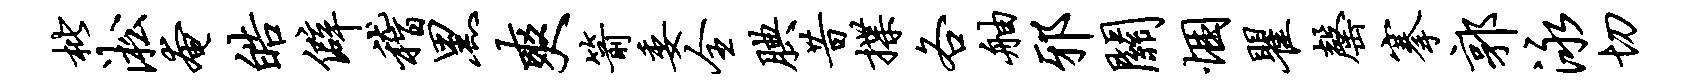
枇淞奄皓僻稽黑爽箭委全腆昔揲各舳邪关悃瞿罄搴郭泳切